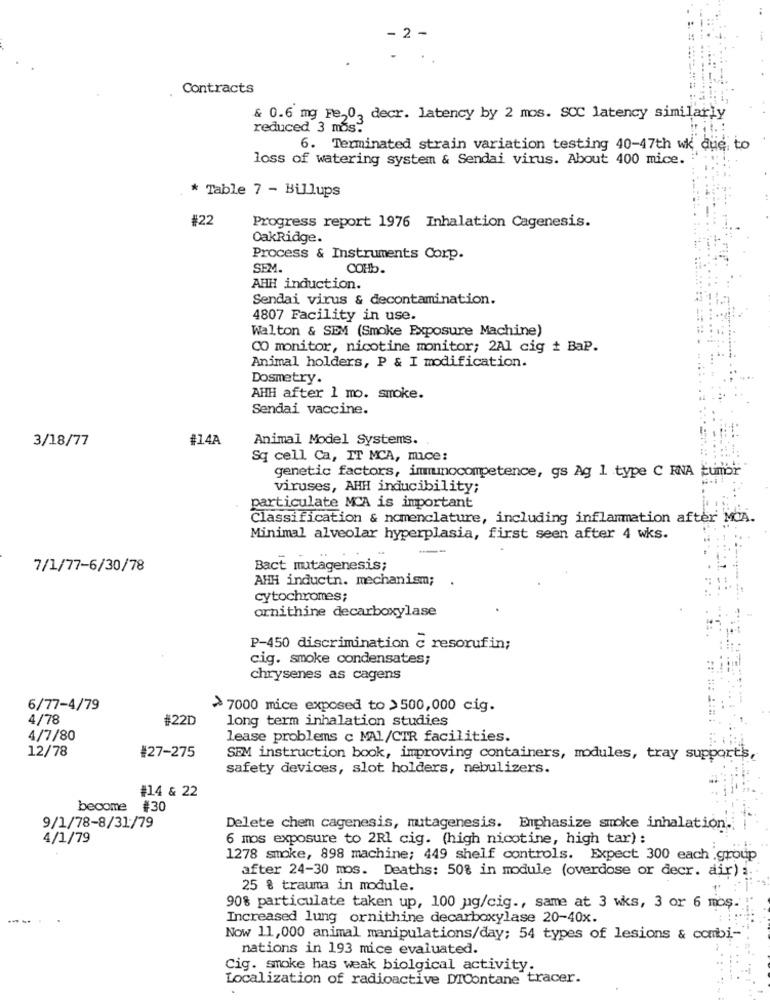
. 2 -
Contracts
& 0.6 mg Fe,0, decr. latency by 2 mos. SCC latency similarly
reduced 3 mos.
6. Terminated strain variation testing 40-47th wk due to
loss of watering system & Sendai virus. About 400 mice.
* Table 7 - Billups
#22
Progress report 1976 Inhalation Cagenesis.
OakRidge.
Process & Instruments Corp.
SEM.
COHb.
AHH induction.
Sendai virus & decontamination.
4807 Facility in use.
Walton & SEM (Smoke Exposure Machine)
CO monitor, nicotine monitor; 2Al cig + BaP.
Animal holders, P & I modification.
Dosmetry.
AHH after 1 mo. smoke.
Sendai vaccine.
3/18/77
#14A
Animal Model Systems.
Sq cell Ca, IT MCA, mice:
genetic factors, immunocompetence, gs Ag 1 type C RNA tumor
viruses, AHH inducibility;
particulate MCA is important
Classification & nomenclature, including inflammation after MCA.
Minimal alveolar hyperplasia, first seen after 4 wks.
--
7/1/77-6/30/78
Bact mutagenesis;
AHH inductn. mechanism;
cytochromes;
ornithine decarboxylase
P-450 discrimination c resorufin;
cig. smoke condensates;
chrysenes as cagens
6/77-4/79
> 7000 mice exposed to >500,000 cig.
4/78
#22D
long term inhalation studies
4/7/80
lease problems c MAL/CIR facilities.
12/78
#27-275
SEM instruction book, improving containers, modules, tray support's,
safety devices, slot holders, nebulizers.
#14 & 22
become #30
9/1/78-8/31/79
Delete chem cagenesis, mutagenesis. Emphasize smoke inhalation .;
4/1/79
6 mos exposure to 2Rl cig. (high nicotine, high tar) :
1278 smoke, 898 machine; 449 shelf controls. Expect 300 each group
after 24-30 mos. Deaths: 50% in module (overdose or decr. air) :
25 % trauma in module.
90% particulate taken up, 100 pg/cig ., same at 3 wks, 3 or 6 mos.
---
Increased lung ornithine decarboxylase 20-40x.
Now 11,000 animal manipulations/day; 54 types of lesions & combi-
nations in 193 mice evaluated.
Cig. smoke has weak biolgical activity.
Localization of radioactive DIContane tracer.